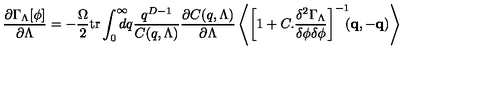
\frac { \partial \Gamma _ { \Lambda } [ \phi ] } { \partial \Lambda } = - \frac { \Omega } { 2 } \mathrm { t r } \int _ { 0 } ^ { \infty } \! \! \! \! \! d q \frac { q ^ { D - 1 } } { C ( q , \Lambda ) } \frac { \partial C ( q , \Lambda ) } { \partial \Lambda } \left\langle \left[ 1 + C . \frac { \delta ^ { 2 } \Gamma _ { \Lambda } } { \delta \phi \delta \phi } \right] ^ { - 1 } \! \! \! ( \mathbf { q } , \mathbf { - q } ) \right\rangle